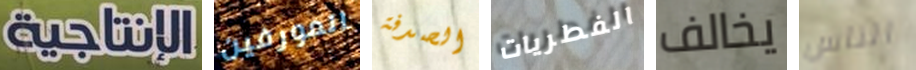
الإنتاجية المورفين الصدفة الفطريات يخالف الناس